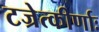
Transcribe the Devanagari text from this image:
टज्रेत्कीर्णाः